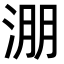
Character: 淜